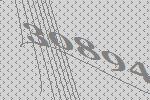
30894